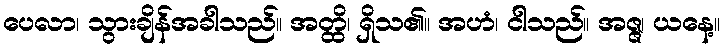
ပေလာ၊ သွားချိန်အခါသည်။ အတ္ထိ၊ ရှိသ၏။ အဟံ၊ ငါသည်။ အဇ္ဇ၊ ယနေ့။